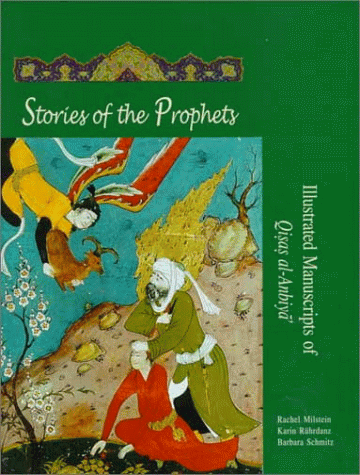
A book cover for Stories of the Prophets: Illustrated Manuscripts of Qisas Al-Anbiya (Islamic Art and Architecture); Rachel Milstein; Arts & Photography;